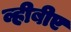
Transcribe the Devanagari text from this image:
व्हीबीए